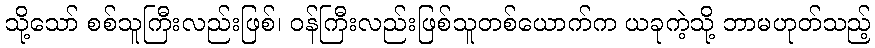
သို့သော် စစ်သူကြီးလည်းဖြစ်၊ ဝန်ကြီးလည်းဖြစ်သူတစ်ယောက်က ယခုကဲ့သို့ ဘာမဟုတ်သည့်